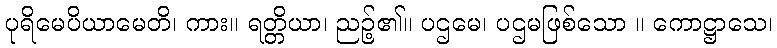
ပုရိမေပိယာမေတိ၊ ကား။ ရတ္တိယာ၊ ညဉ့်၏။ ပဌမေ၊ ပဌမဖြစ်သော ။ ကောဋ္ဌာသေ၊